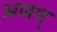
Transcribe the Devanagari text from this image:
अजम्